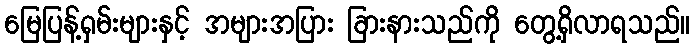
မြေပြန့်ရှမ်းများနှင့် အများအပြား ခြားနားသည်ကို တွေ့ရှိလာရသည်။